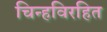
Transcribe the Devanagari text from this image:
चिन्हविरहित